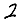
Digit: 2